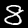
Digit: 8